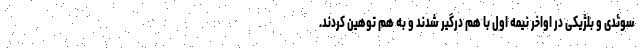
سوئدی و بلژیکی در اواخر نیمه اول با هم درگیر شدند و به هم توهین کردند.